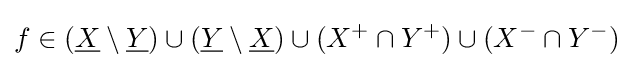
f\in ({\underline {X}}\setminus {\underline {Y}})\cup ({\underline {Y}}\setminus {\underline {X}})\cup (X^{+}\cap Y^{+})\cup (X^{-}\cap Y^{-})